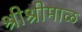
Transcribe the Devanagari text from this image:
श्रीश्रीमाळ